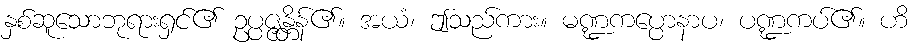
နှစ်ဆူသောဘုရားရှင်၏ ဥပ္ပဇ္ဇန္တိန်၏။ အယံ၊ ဤသည်ကား။ မဏ္ဍကပ္ပောနာပ၊ ပဏ္ဍကပ်၏။ ဟိ